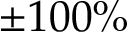
\pm 1 0 0 \%